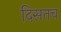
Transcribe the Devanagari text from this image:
दिसतच